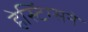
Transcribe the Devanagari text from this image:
हेस्टिंग्सने